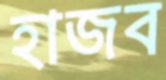
হাজব